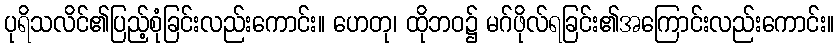
ပုရိသလိင်၏ပြည့်စုံခြင်းလည်းကောင်း။ ဟေတု၊ ထိုဘဝ၌ မဂ်ဖိုလ်ရခြင်း၏အကြောင်းလည်းကောင်း။